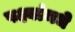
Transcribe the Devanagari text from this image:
पक्ष्यांमधे